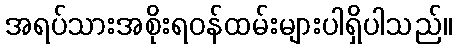
အရပ်သားအစိုးရဝန်ထမ်းများပါရှိပါသည်။